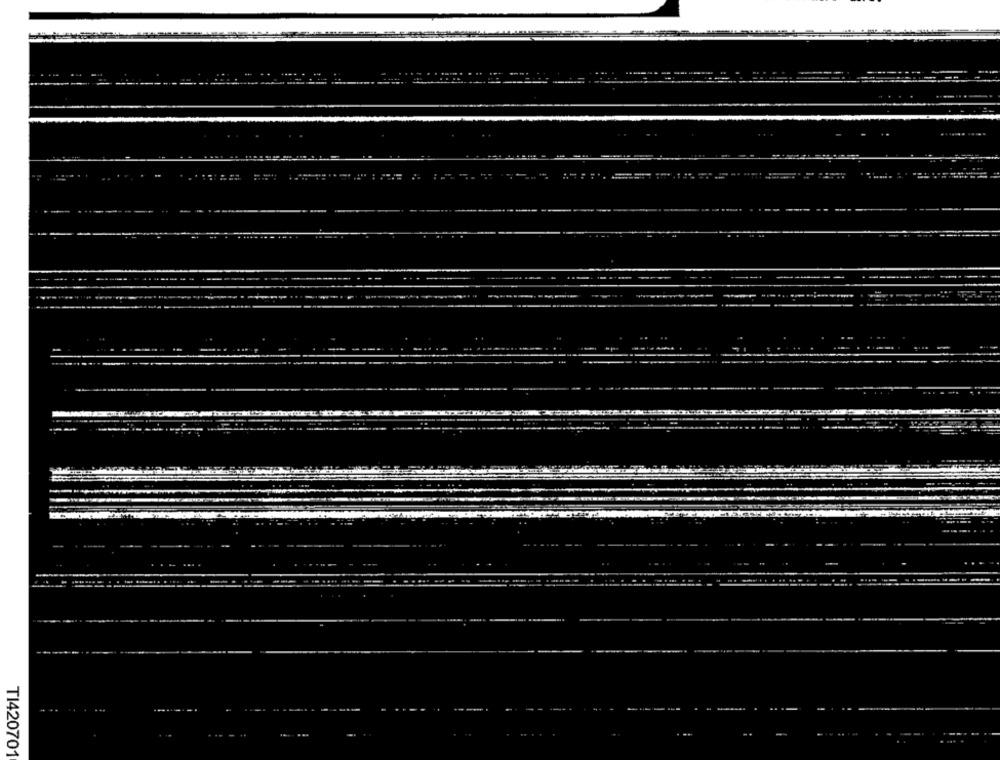
....
TI420701